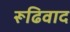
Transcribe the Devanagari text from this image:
रूढिवाद